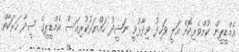
އެމްޑީޕީން ކުށްވެރިކޮށް އަލީ ވަހިދު ވިދާޅުވީ ނަޝީދު ހައްޔަރުކުރިއަސް އެމްޑީޕީގެ ސީދާ ހަރަކާތް